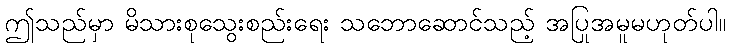
ဤသည်မှာ မိသားစုသွေးစည်းရေး သဘောဆောင်သည့် အပြုအမူမဟုတ်ပါ။